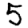
Digit: 5